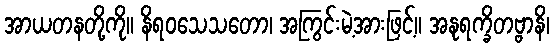
အာယတနတို့ကို။ နိရဝသေသတော၊ အကြွင်းမဲ့အားဖြင့်။ အနုရက္ခိတဗ္ဗာနိ၊